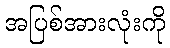
အပြစ်အားလုံးကို